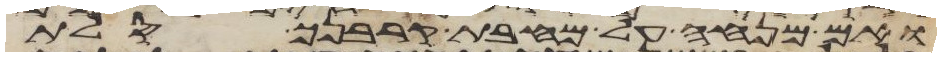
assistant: ואם מנחה על מחבת קרבנך סלת